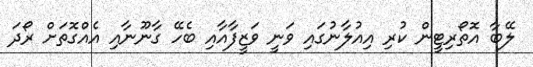
ލޭބާ އޮތޯރިޓީން ކުރި އިއުލާނުގައި ވަނީ ވަޒީފާއާއި ބެހޭ ގާނޫނާއި އެއްގޮތަށް ރޯދަ